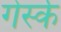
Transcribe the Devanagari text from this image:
गेर्स्क